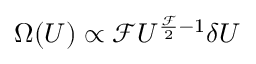
\Omega ( U ) \propto { \mathcal { F } } U ^ { { \frac { \mathcal { F } } { 2 } } - 1 } \delta U